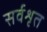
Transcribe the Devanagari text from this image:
सर्वशृत